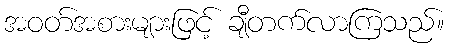
အဝတ်အစားများဖြင့် ချီတက်လာကြသည်။